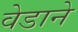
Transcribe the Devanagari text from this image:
वेडाने